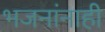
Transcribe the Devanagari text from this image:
भजनांनाही